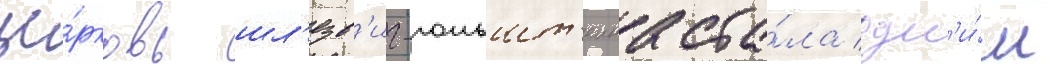
це́рковь шл'езв'иг-гольшт'еина ста́ла одн'и́м